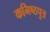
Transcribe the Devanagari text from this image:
कनिष्ठपुत्र